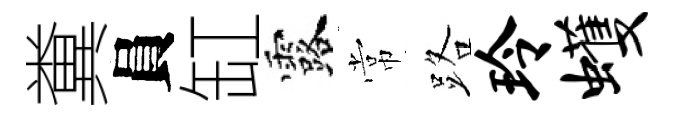
糞員缸露常路玲蠖